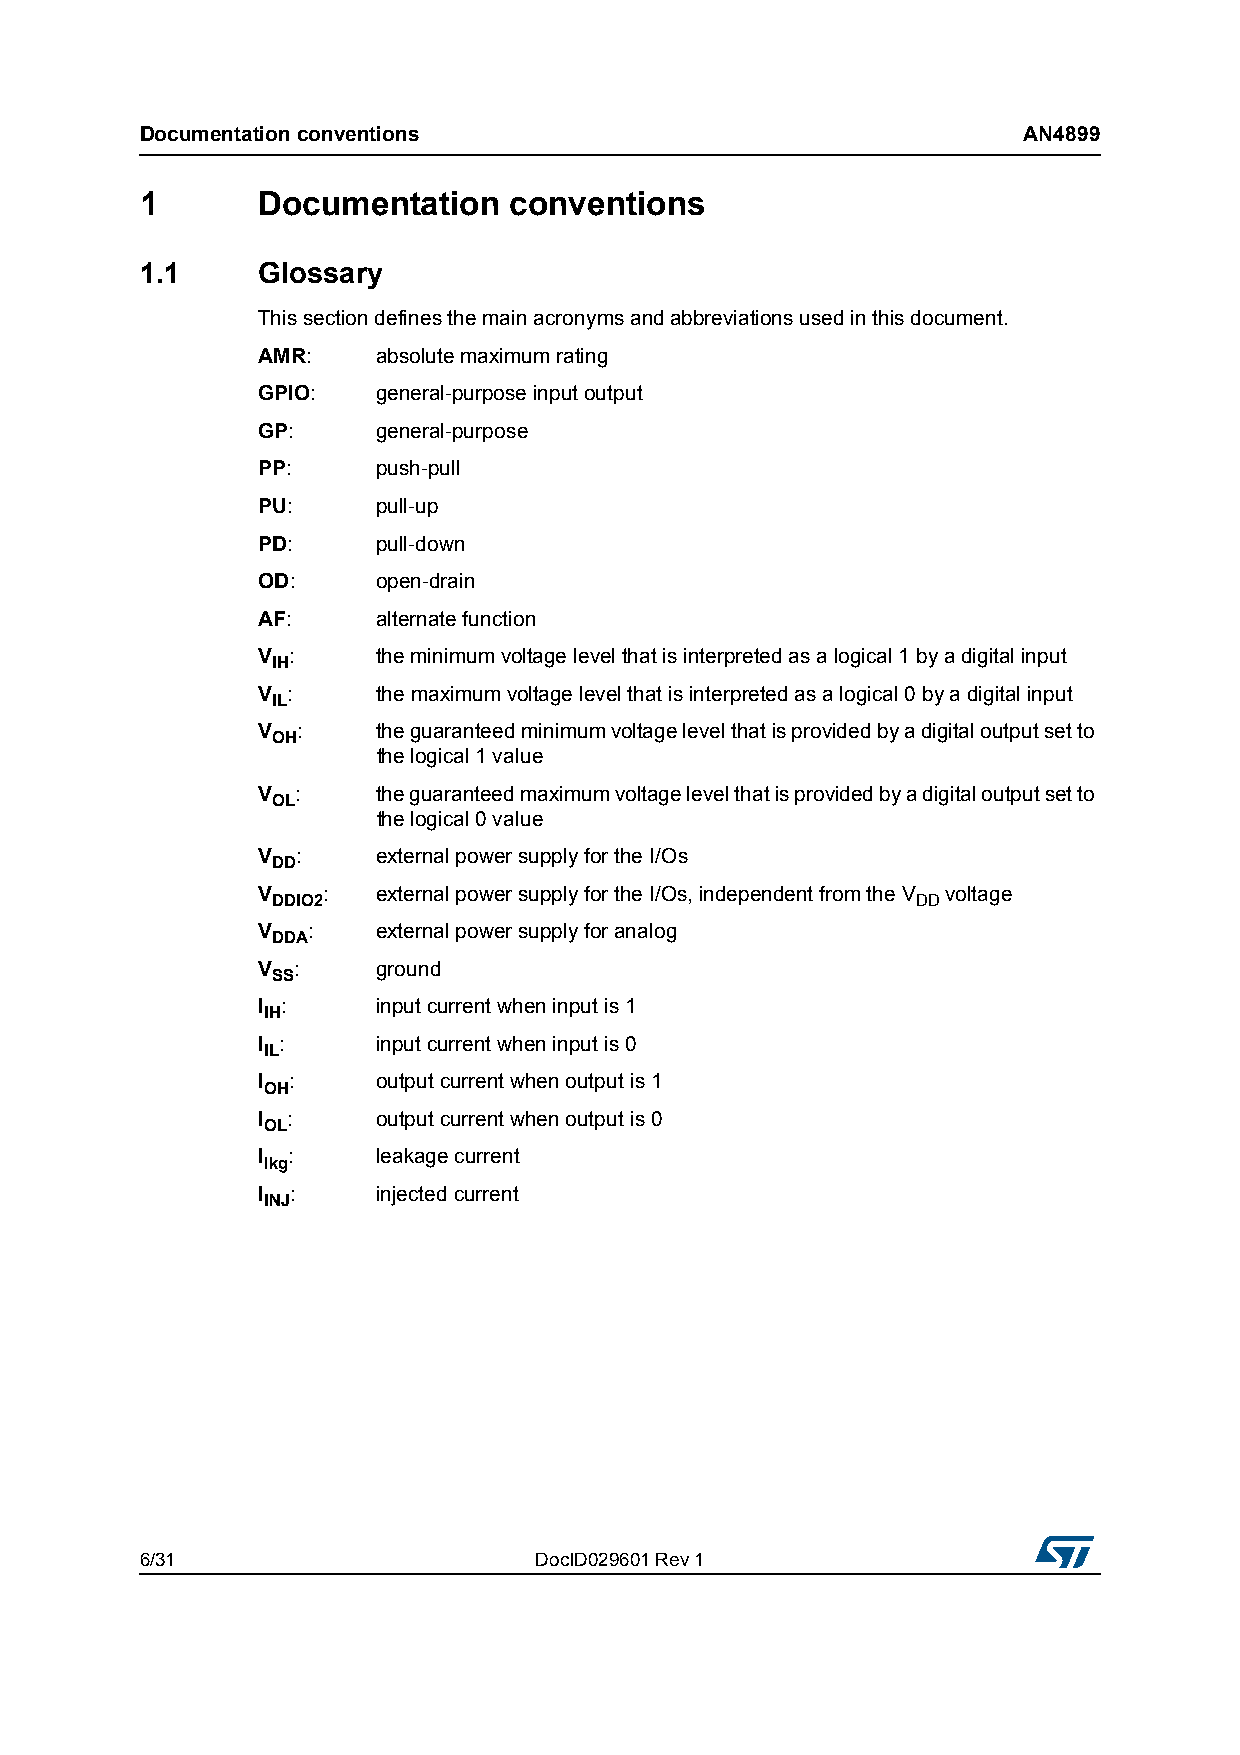
Documentation conventions                                  AN4899
 1       Documentation    conventions
 1.1     Glossary
 This section defines the main acronyms and abbreviations used in this document.
 AMR:    absolute maximum rating
 GPIO:   general-purpose input output
 GP:     general-purpose
 PP:     push-pull
 PU:     pull-up
 PD:     pull-down
 OD:     open-drain
 AF:     alternate function
 V :     the minimum voltage level that is interpreted as a logical 1 by a digital input
 IH
 V :     the maximum voltage level that is interpreted as a logical 0 by a digital input
 IL
 V  :    the guaranteed minimum voltage level that is provided by a digital output set to
 OH
 the logical 1 value
 V  :    the guaranteed maximum voltage level that is provided by a digital output set to
 OL
 the logical 0 value
 V  :    external power supply for the I/Os
 DD
 V   :   external power supply for the I/Os, independent from the V voltage
 DDIO2                                      DD
 V  :    external power supply for analog
 DDA
 V :     ground
 SS
 I :     input current when input is 1
 IH
 I :     input current when input is 0
 IL
 I :     output current when output is 1
 OH
 I :     output current when output is 0
 OL
 I :     leakage current
 lkg
 I :     injected current
 INJ
 6/31                      DocID029601 Rev 1